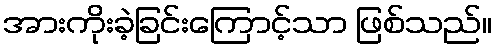
အားကိုးခဲ့ခြင်းကြောင့်သာ ဖြစ်သည်။